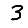
Digit: 3